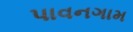
પાવનગામ